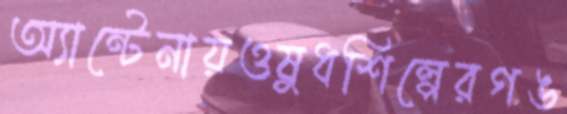
অ্যান্টেনায়ওষুধশিল্পেরগঙ